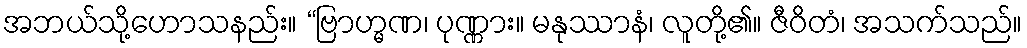
အဘယ်သို့ဟောသနည်း။ “ဗြာဟ္မဏ၊ ပုဏ္ဏား။ မနုဿာနံ၊ လူတို့၏။ ဇီဝိတံ၊ အသက်သည်။